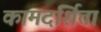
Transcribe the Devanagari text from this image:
कामदर्शिता